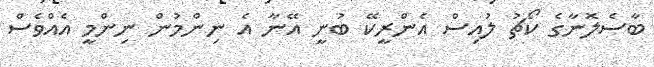
ބާސެލޮނާގެ ކޯޗު ލުއިސް އެންރީކޭ ބުނީ އޭނާ އެ ނިންމުން ނިންމީ އެއްވެސް